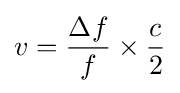
{v}={\frac {\Delta f}{f}}\times {\frac {c}{2}}